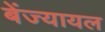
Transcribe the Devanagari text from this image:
बेंज्यायल